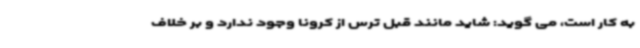
به کار است، می گوید: شاید مانند قبل ترس از کرونا وجود ندارد و بر خلاف